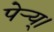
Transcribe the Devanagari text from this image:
पेर्‍य्।